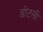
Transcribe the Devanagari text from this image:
डोटली